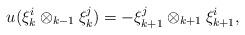
LaTeX: \begin{align*}u(\xi_{k}^{i} \otimes_{k-1} \xi_{k}^{j}) = -\xi_{k+1}^{j} \otimes_{k+1} \xi_{k+1}^{i} , \end{align*}